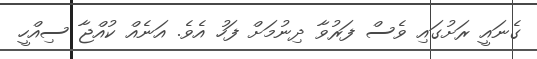
ގެނައީ ރަށުގައި ވެސް ފަރުވާ ދިނުމަށް ފަހު އެވެ. އަނެއް ކުއްޖާ ސިއްހީ